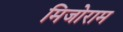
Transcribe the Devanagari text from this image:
मिजोराम